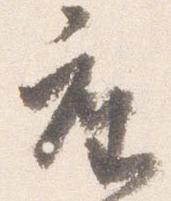
座